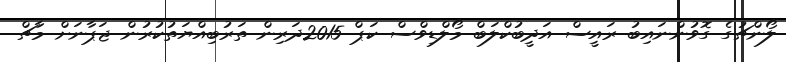
ލޯންޗުގެ ގޮވުންނައިބު ރައީސް އަދީބުކްލަބް މޯލްޑިވްސް ކަޕް 2015ދަރިން ތަރުބިއްޔަތުކުރުން ޖަޕާނަށް މާޗް